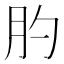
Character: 肑